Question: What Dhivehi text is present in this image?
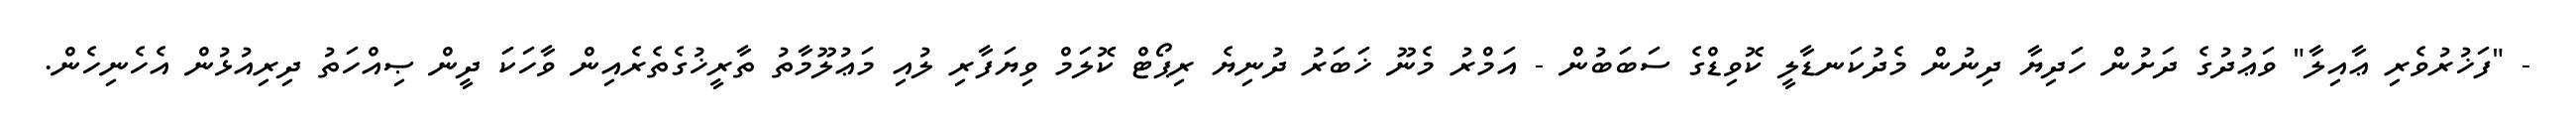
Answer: - "ފަޚުރުވެރި ޢާއިލާ" ވަޢުދުގެ ދަށުން ހަދިޔާ ދިނުން މެދުކަނޑާލީ ކޮވިޑްގެ ސަބަބުން - އަމްރު މެނޫ ޚަބަރު ދުނިޔެ ރިޕޯޓް ކޮލަމް ވިޔަފާރި ލުއި މަޢުލޫމާތު ތާރީޚުގެތެރެއިން ވާހަކަ ދީން ޞިއްހަތު ދިރިއުޅުން އެހެނިހެން.